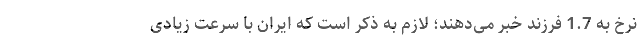
نرخ به 1.7 فرزند خبر می‌دهند؛ لازم به ذکر است که ایران با سرعت زیادی